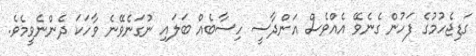
ގަޑިޖެހުމުގެ ފަހުން ގެނެވޭ އެއްވެސް އަންދާސީ ހިސާބެއް ބަލައި ނުގަނެވޭނެ ވާހަކަ ދެންނެވީމެވެ.